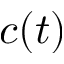
c ( t )